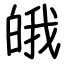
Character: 皒